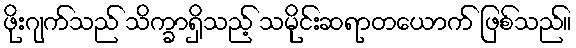
ဖိုးဂျက်သည် သိက္ခာရှိသည့် သမိုင်းဆရာတယောက် ဖြစ်သည်။